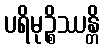
ပရိမုဉ္စိဿန္တိ